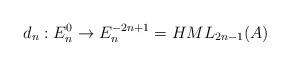
LaTeX: \begin{align*} d_n:E_n^0\to E_n^{-2n+1}=HML_{2n-1}(A)\end{align*}